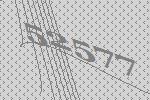
52577